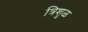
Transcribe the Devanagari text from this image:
त्रिशुळ